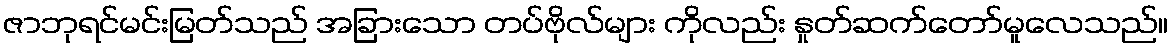
ဇာဘုရင်မင်းမြတ်သည် အခြားသော တပ်ဗိုလ်များ ကိုလည်း နှုတ်ဆက်တော်မူလေသည်။